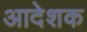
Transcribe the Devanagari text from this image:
आदेशक